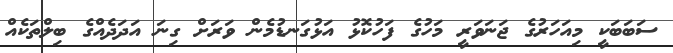
ސަބަބަކީ މިއަހަރުގެ ޖަނަވަރީ މަހުގެ ފަހުކޮޅު އަޅުގަނޑުމެން ވަރަށް ގިނަ އަދަދެއްގެ ބިލްތަކެއް